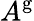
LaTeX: A^{\mathrm{g}}